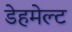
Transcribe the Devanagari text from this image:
डेहमेल्ट